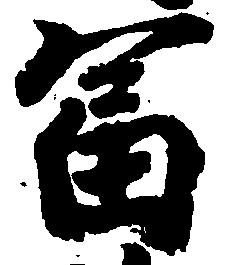
富